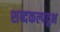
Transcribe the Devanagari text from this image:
शब्दकल्पद्रुभ